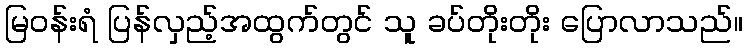
မြဝန်းရံ ပြန်လှည့်အထွက်တွင် သူ ခပ်တိုးတိုး ပြောလာသည်။